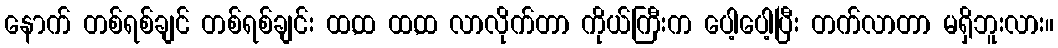
နောက် တစ်ရစ်ချင် တစ်ရစ်ချင်း ထ,ထ ထ,ထ လာလိုက်တာ ကိုယ်ကြီးက ပေါ့ပေါ့ပြီး တက်လာတာ မရှိဘူးလား။